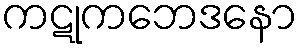
ကဋုကဘေဒနော